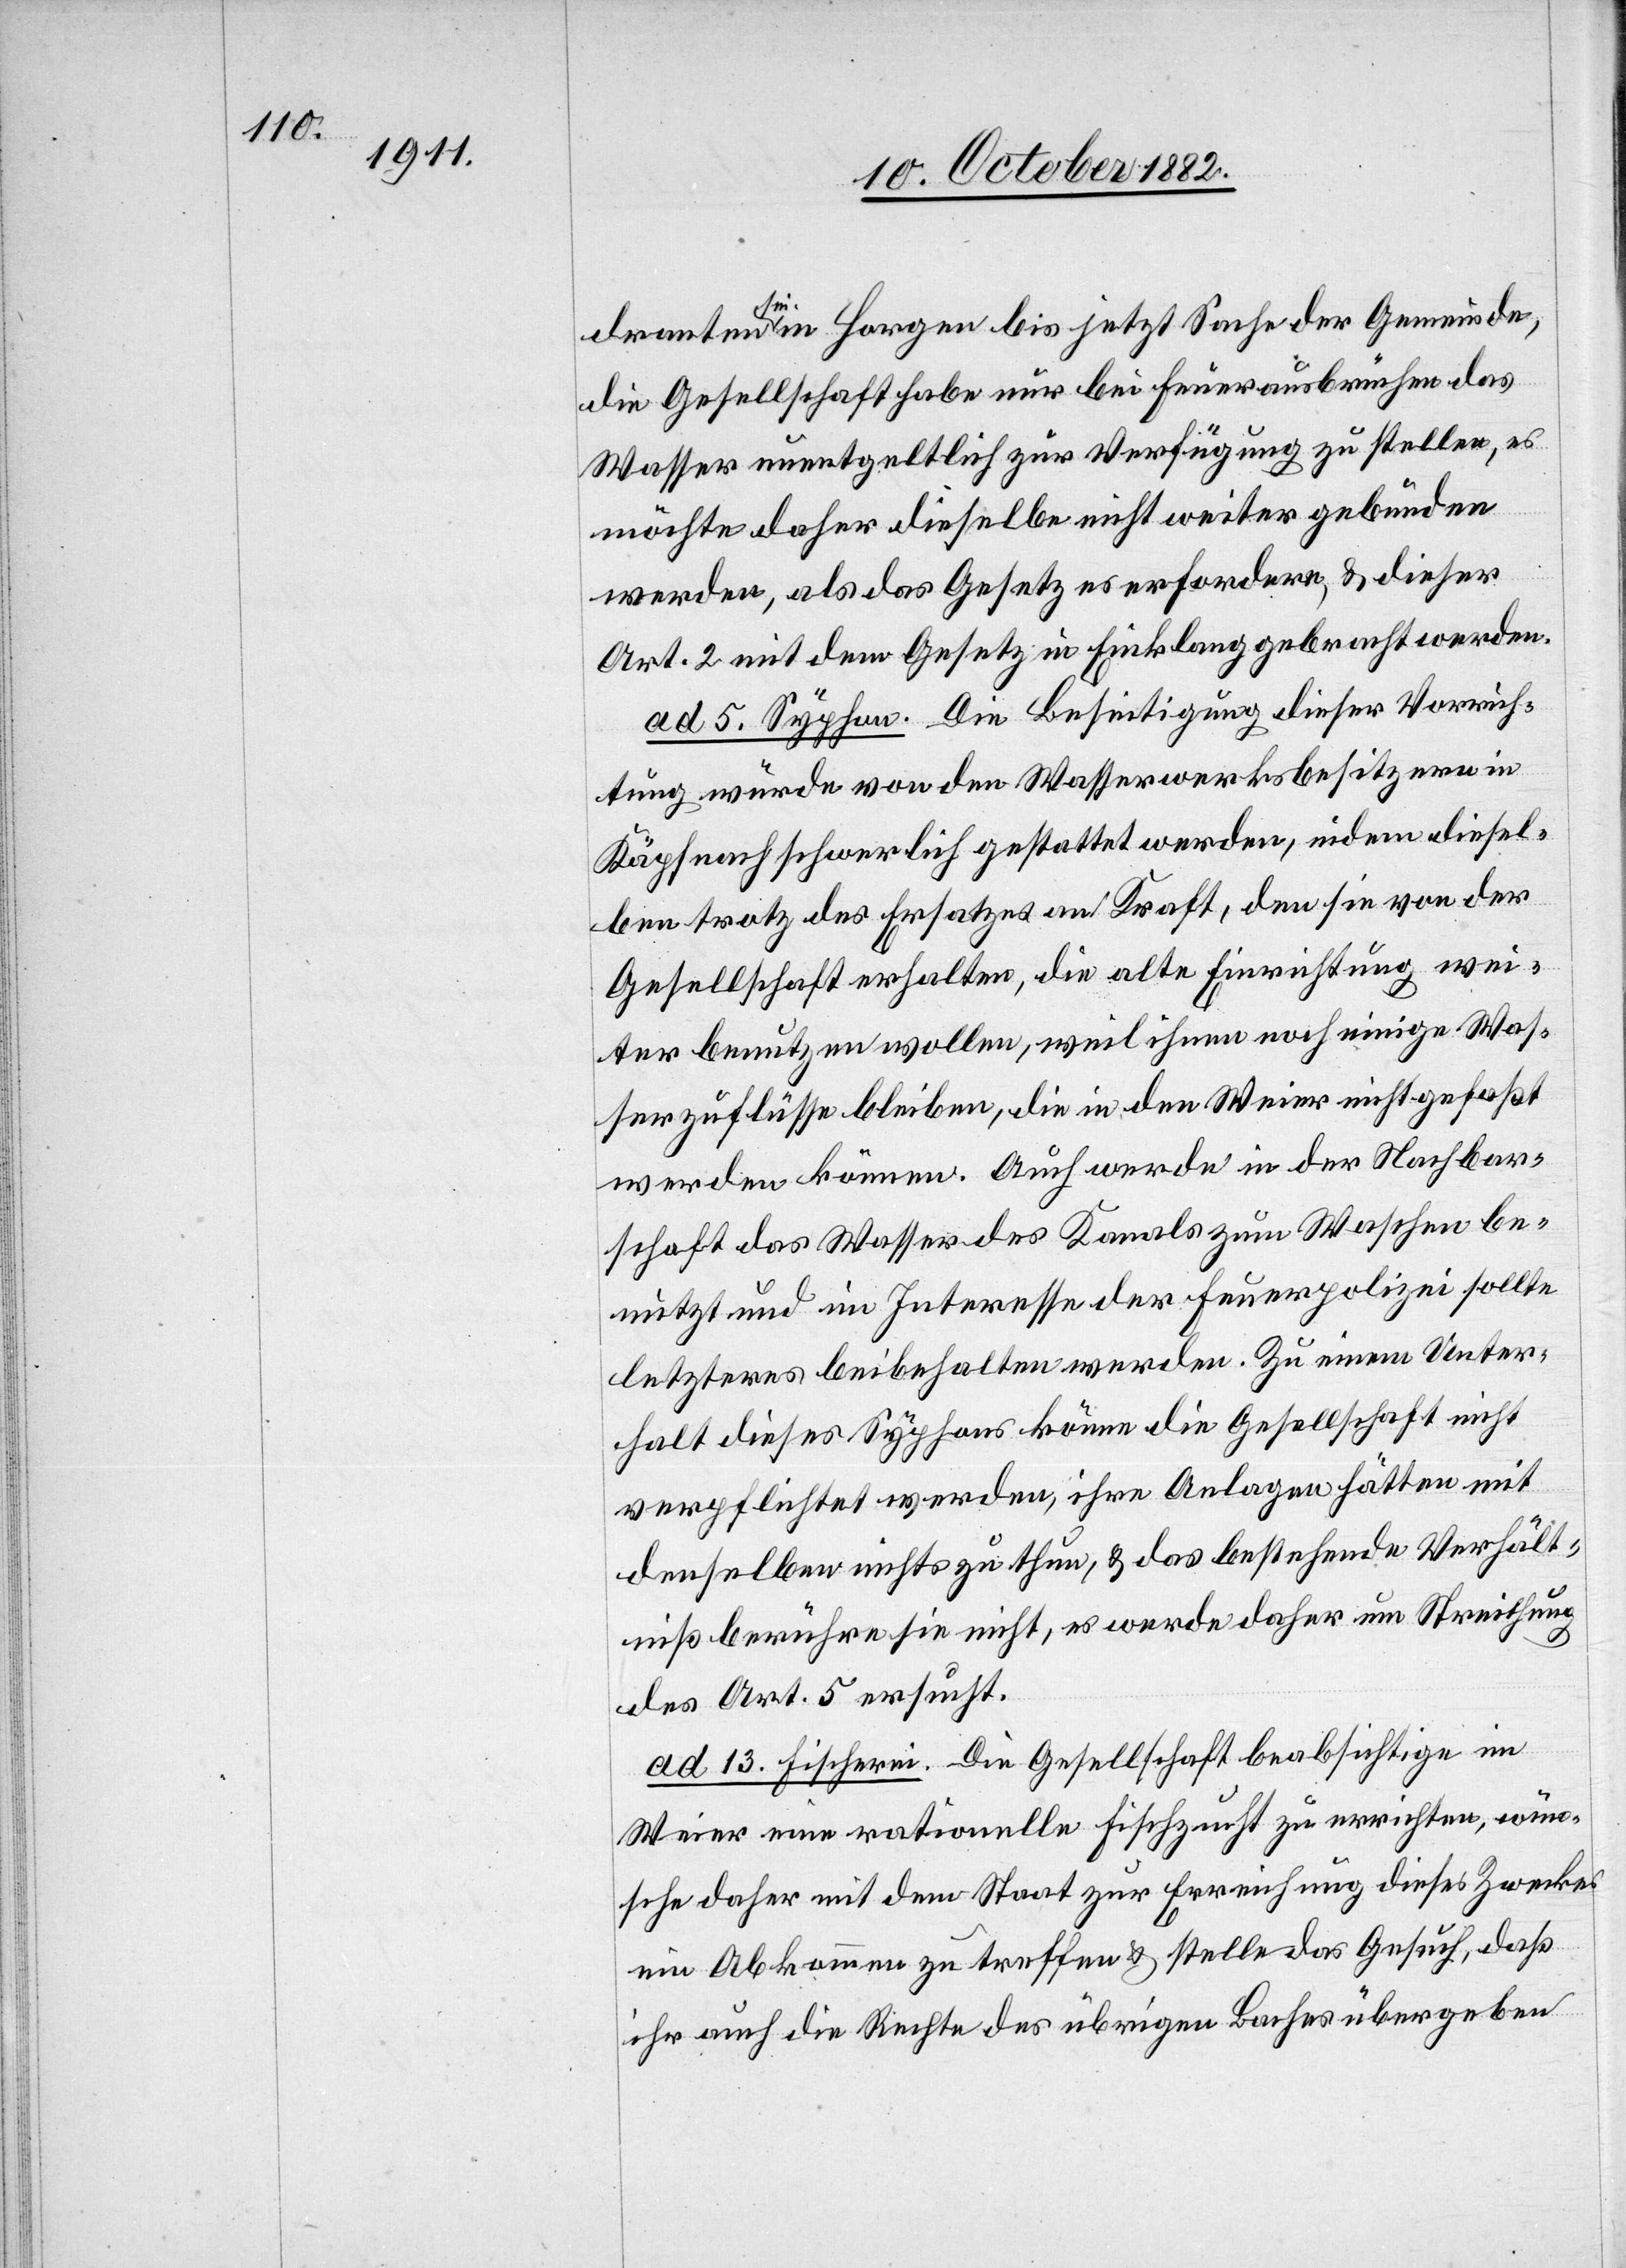
dranten sei in Horgen bis jetzt Sache der Gemeinde,
die Gesellschaft habe nur bei Feuerausbruche das
Wasser unentgeltlich zur Verfügung zu stellen, es
möchte daher dieselbe nicht weiter gebunden
werden, als das Gesetz es erfordere, & dieser
Art. 2 mit dem Gesetz in Einklang gebracht werden.
ad 5. Syphon. Die Beseitigung dieser Vorrich¬
tung würde von den Wasserwerksbesitzern in
Käpfnach schwerlich gestattet werden, indem diesel¬
ben trotz des Ersatzes an Kraft, den sie von der
Gesellschaft erhalten, die alte Einrichtung wei¬
ter benutzen wollen, weil ihnen noch einige Was¬
serzuflüsse bleiben, die in den Weier nicht gefaßt
werden können. Auch werde in der Nachbar¬
schaft das Wasser des Kanals zum Waschen be¬
nutzt und im Interesse der Feuerpolizei sollte
letzteres beibehalten werden. Zu einem Unter¬
halt dieses Syphons könne die Gesellschaft nicht
verpflichtet werden, ihre Anlagen hätten mit
denselben nichts zu thun, & das bestehende Verhält¬
niß berühre sie nicht, es werde daher um Streichung
des Art. 5 ersucht.
ad 13. Fischerei. Die Gesellschaft beabsichtige im
Weier eine rationelle Fischzucht zu errichten, wün¬
sche daher mit dem Staat zur Erreichung dieses Zweckes
ein Abkommen zu treffen & stelle das Gesuch, daß
ihr auch die Rechte des übrigen Baches übergeben